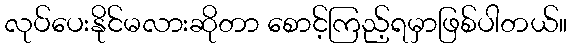
လုပ်ပေးနိုင်မလားဆိုတာ စောင့်ကြည့်ရမှာဖြစ်ပါတယ်။